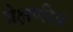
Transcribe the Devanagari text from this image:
प्रेक्षणीय़